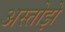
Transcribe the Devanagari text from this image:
अस्तोझे